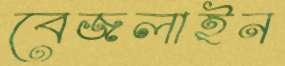
বেজলাইন